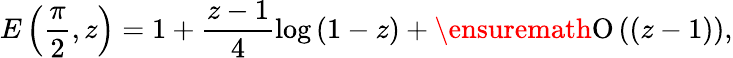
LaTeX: E\left(\frac{\pi}{2},z\right)=1+\frac{z-1}{4}\log{(1-z)}+\ensuremath{\operatorname{O}\left((z-1)\right)},